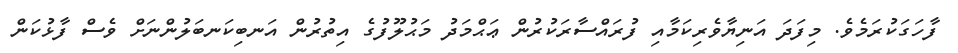
ފާހަގަކުރަމެވެ. މިފަދަ އަނިޔާވެރިކަމާއި ފުރައްސާރަކުރުން ޢަޙްމަދު މަޙުލޫފުގެ އިތުރުން އަނބިކަނބަލުންނަށް ވެސް ފާޅުކަން